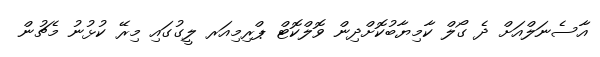
އާސެނަލްއަށް ދެ ގޯލް ކާމިޔާބުކޮށްދިން ވޮލްކޮޓް ޕްރިމިއަރ ލީގުގައި މިރޭ ކުޅުނު މެޗުން